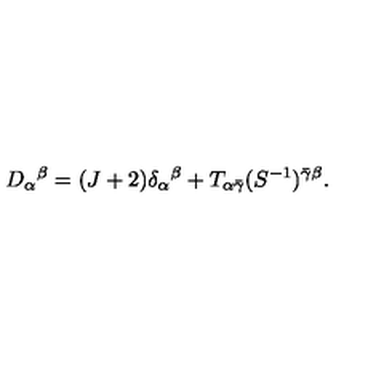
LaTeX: D _ { \alpha } { } ^ { \beta } = ( J + 2 ) \delta _ { \alpha } { } ^ { \beta } + T _ { \alpha \bar { \gamma } } ( S ^ { - 1 } ) ^ { \bar { \gamma } \beta } .